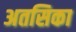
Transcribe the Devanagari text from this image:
अतसिका